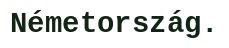
Németország.